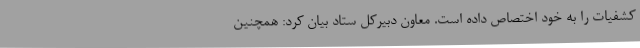
کشفیات را به خود اختصاص داده است. معاون دبیرکل ستاد بیان کرد: همچنین